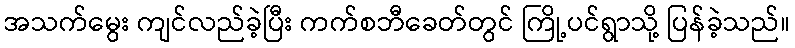
အသက်မွေး ကျင်လည်ခဲ့ပြီး ကက်စဘီခေတ်တွင် ကြို့ပင်ရွာသို့ ပြန်ခဲ့သည်။